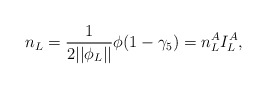
\begin{align*}n_L=\frac 1{2||\phi _L||}\phi (1-\gamma _5)=n_L^AI_L^A, \end{align*}